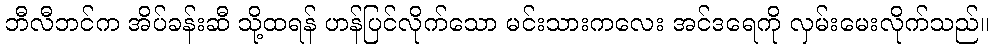
ဘီလီဘင်က အိပ်ခန်းဆီ သို့ထရန် ဟန်ပြင်လိုက်သော မင်းသားကလေး အင်ဒရေကို လှမ်းမေးလိုက်သည်။